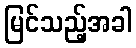
မြင်သည့်အခါ